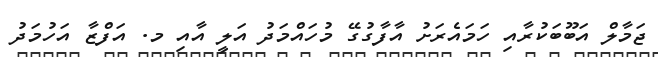
ޖަމާލް އަބޫބަކުރާއި ހަމައެރަށު އާފާގުގޭ މުހައްމަދު އަލީ އާއި މ. އަފްޒާ އަހުމަދު